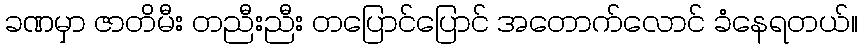
ခဏမှာ ဇာတိမီး တညီးညီး တပြောင်ပြောင် အတောက်လောင် ခံနေရတယ်။